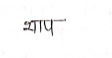
मजकूर: शाप